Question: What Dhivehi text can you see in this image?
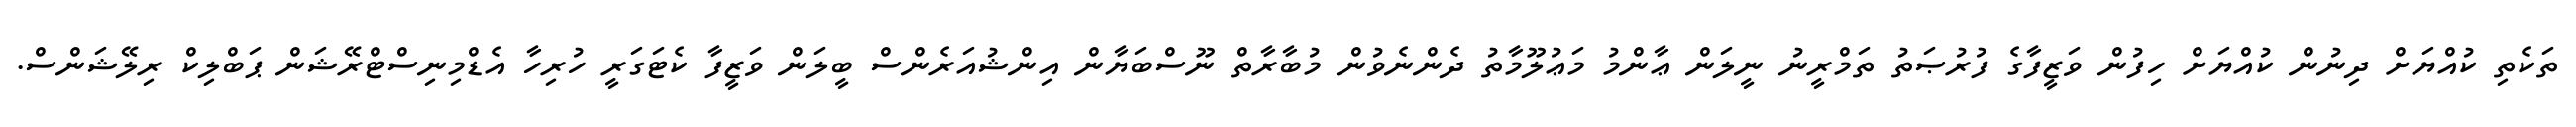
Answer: ތަކެތި ކުއްޔަށް ދިނުން ކުއްޔަށް ހިފުން ވަޒީފާގެ ފުރުޞަތު ތަމްރީނު ނީލަން ޢާންމު މަޢުލޫމާތު ދެންނެވުން މުބާރާތް ނޫސްބަޔާން އިންޝުއަރެންސް ބީލަން ވަޒީފާ ކެޓަގަރީ ހުރިހާ އެޑްމިނިސްޓްރޭޝަން ޕަބްލިކް ރިލޭޝަންސް.